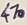
Text: 470